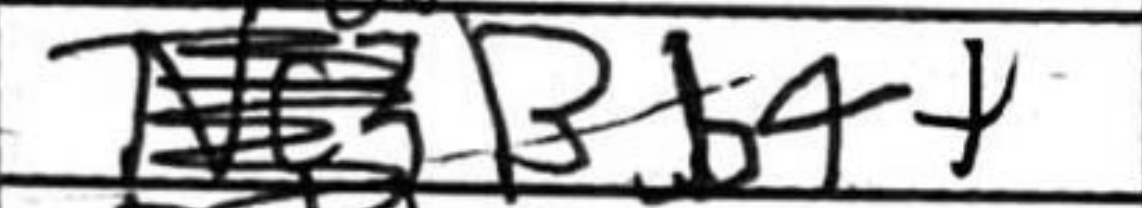
Transcription: Bb4+